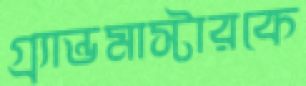
গ্র্যান্ডমাস্টারকে